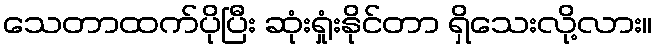
သေတာထက်ပိုပြီး ဆုံးရှုံးနိုင်တာ ရှိသေးလို့လား။